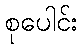
စုပေါင်း